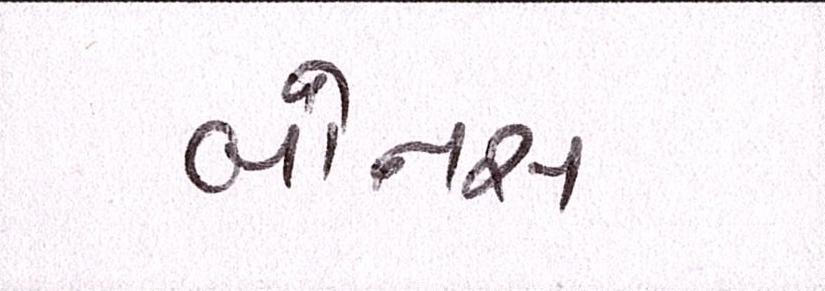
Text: બોનસ